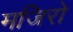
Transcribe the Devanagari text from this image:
मजिरो